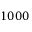
1 0 0 0